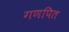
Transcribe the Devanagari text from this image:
गणपित